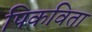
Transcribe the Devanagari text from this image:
पिकविता